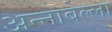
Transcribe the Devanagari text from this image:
अन्नाबेल्ला